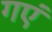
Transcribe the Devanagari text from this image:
गएं